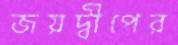
জয়দ্বীপের